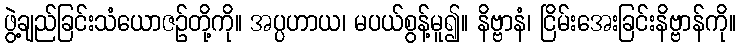
ဖွဲ့ချည်ခြင်းသံယောဇဉ်တို့ကို။ အပ္ပဟာယ၊ မပယ်စွန့်မူ၍။ နိဗ္ဗာနံ၊ ငြိမ်းအေးခြင်းနိဗ္ဗာန်ကို။